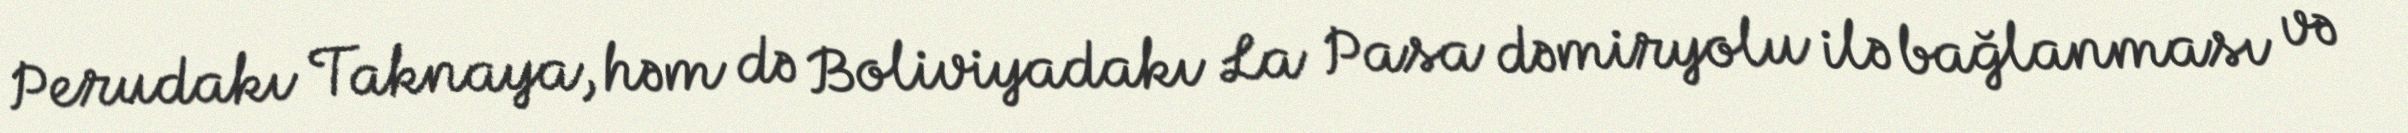
Perudakı Taknaya, həm də Boliviyadakı La Pasa dəmiryolu ilə bağlanması və